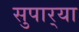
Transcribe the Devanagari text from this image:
सुपार्‍या